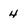
Character: 4